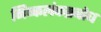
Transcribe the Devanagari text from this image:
निष्कलंकप्रबोध